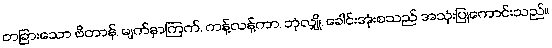
တခြားသော ဗိတာန်, မျက်နှာကြက်, ကန့်လန့်ကာ, ဘုံလျှို, ခေါင်းအုံးစသည် အသုံးပြုကောင်းသည်။